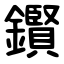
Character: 鑦